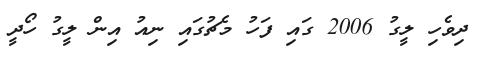
ދިވެހި ލީގު 2006 ގައި ފަހު މެޗުގައި ނިއު އިން ލީގު ހޯދީ